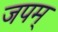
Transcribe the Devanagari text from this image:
जपम्